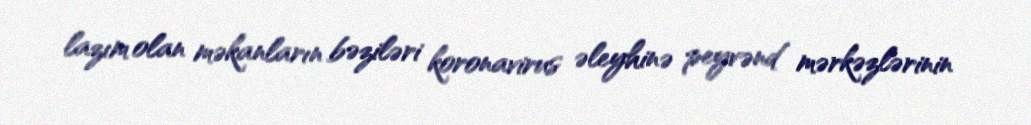
lazım olan məkanların bəziləri koronavirus əleyhinə peyvənd mərkəzlərinin